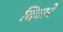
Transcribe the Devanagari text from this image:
दिवारे